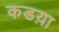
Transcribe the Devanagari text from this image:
कडय़ा